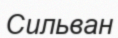
Сильван